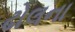
ઢોલના